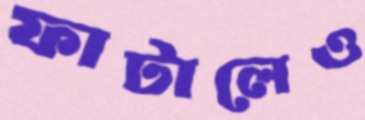
ফাটালেও